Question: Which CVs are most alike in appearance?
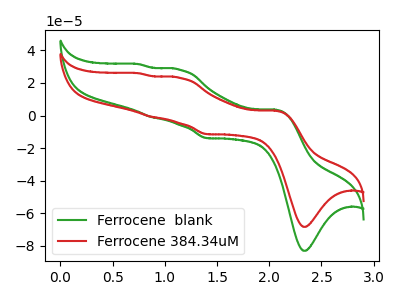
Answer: <think>The green curve "Ferrocene  blank" has anodic peaks at (2.05V, 3.60uA) (1.15V, 28.15uA) (0.85V, -0.95uA) (0.75V, 31.50uA) and cathodic peaks at (2.35V, -82.95uA) (1.40V, -13.85uA). The red curve "Ferrocene 384.34uM" has anodic peaks at (2.05V, 2.95uA) (1.15V, 23.15uA) (0.85V, -0.80uA) (0.75V, 25.95uA) and cathodic peaks at (2.35V, -68.30uA) (1.40V, -11.40uA).
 All the peaks in "Ferrocene  blank" have a peak in "Ferrocene 384.34uM" at the same potential.</think>
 <answer>"Ferrocene 384.34uM" and "Ferrocene  blank" have the same shape and are likely CV's of the same chemical.</answer>
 <eval>"Ferrocene 384.34uM" "Ferrocene  blank"</eval>